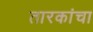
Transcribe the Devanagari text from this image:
तारकांचा